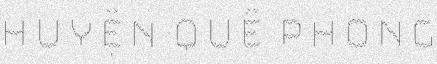
huyện quế phong